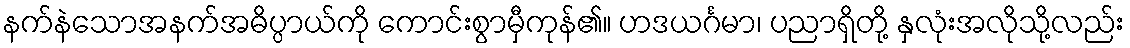
နက်နဲသောအနက်အဓိပ္ပာယ်ကို ကောင်းစွာမှီကုန်၏။ ဟဒယင်္ဂမာ၊ ပညာရှိတို့ နှလုံးအလိုသို့လည်း